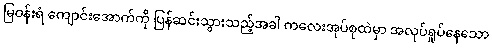
မြဝန်းရံ ကျောင်းအောက်ကို ပြန်ဆင်းသွားသည့်အခါ ကလေးအုပ်စုထဲမှာ အလုပ်ရှုပ်နေသော